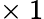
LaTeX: \times\ 1